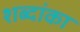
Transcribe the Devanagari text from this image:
शब्दांका